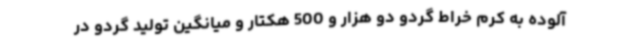
آلوده به کرم خراط گردو دو هزار و 500 هکتار و میانگین تولید گردو در